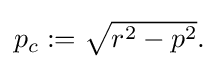
{\textstyle p_{c}:={\sqrt {r^{2}-p^{2}}}.}